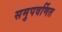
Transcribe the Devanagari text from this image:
समुपवर्णित